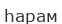
һарам